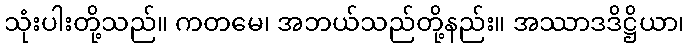
သုံးပါးတို့သည်။ ကတမေ၊ အဘယ်သည်တို့နည်း။ အဿာဒဒိဋ္ဌိယာ၊